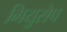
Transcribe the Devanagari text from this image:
गियुसेप